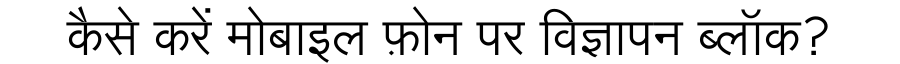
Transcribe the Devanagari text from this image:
कैसे करें मोबाइल फ़ोन पर विज्ञापन ब्लॉक?